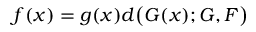
\begin{array} { r } { f ( x ) = g ( x ) d \bigl ( G ( x ) ; G , F \bigl ) } \end{array}